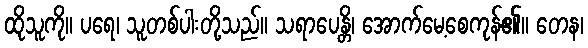
ထိုသူကို။ ပရေ၊ သူတစ်ပါးတို့သည်။ သရာပေန္တိ၊ အောက်မေ့စေကုန်၏။ တေန၊